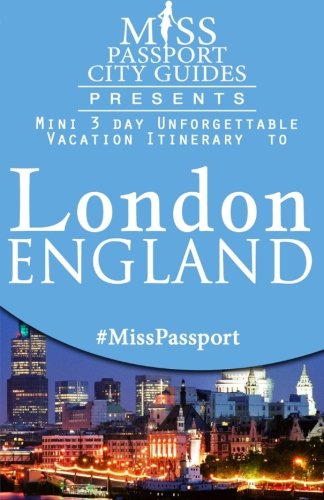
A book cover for Miss Passport City Guides Presents:  Mini 3 day Unforgettable Vacation Itinerary to London, England; Sharon Bell; Travel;